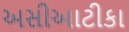
અસીઆટીકા